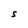
Character: S